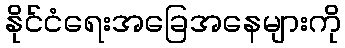
နိုင်ငံရေးအခြေအနေများကို